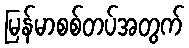
မြန်မာစစ်တပ်အတွက်